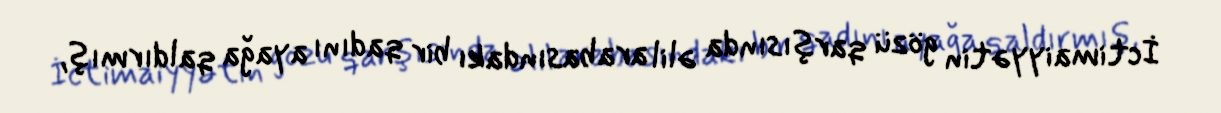
İctimaiyyətin gözü qarşısında əlil arabasındakı bir qadını ayağa qaldırmış,